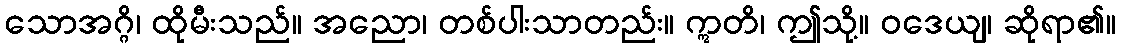
သောအဂ္ဂိ၊ ထိုမီးသည်။ အညော၊ တစ်ပါးသာတည်း။ ဣတိ၊ ဤသို့။ ဝဒေယျ၊ ဆိုရာ၏။